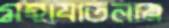
মহাযাতনায়